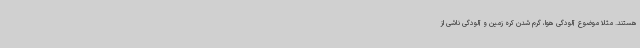
هستند. مثلاً موضوع آلودگی هوا، گرم شدن کره زمین و آلودگی ناشی از